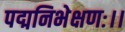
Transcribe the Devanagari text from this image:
पद्मनिभेक्षणः।।